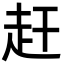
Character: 赶